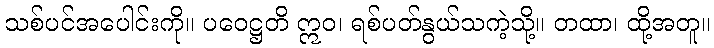
သစ်ပင်အပေါင်းကို။ ပဝေဋ္ဌတိ ဣဝ၊ ရစ်ပတ်နွယ်သကဲ့သို့။ တထာ၊ ထို့အတူ။